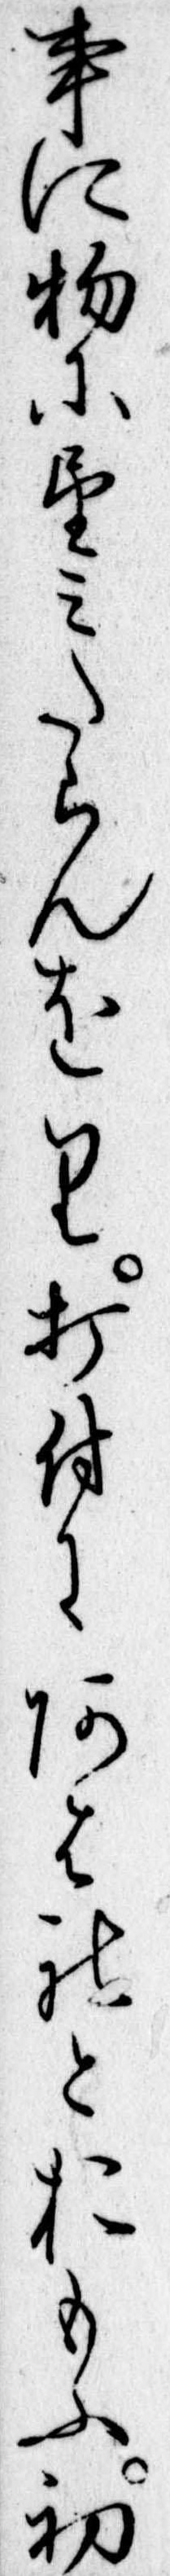
事に物に望みたらんをり打付にあはれとおもふ初